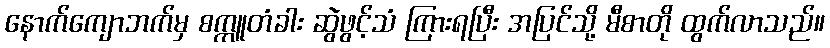
နောက်ကျောဘက်မှ စက္ကူတံခါး ဆွဲဖွင့်သံ ကြားရပြီး အပြင်သို့ မီစာတို ထွက်လာသည်။